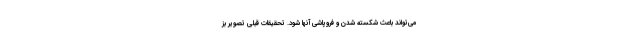
می‌تواند باعث شکسته شدن و فروپاشی آنها شود. تحقیقات قبلی تصویر بز